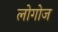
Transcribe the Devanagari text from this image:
लोगोज